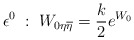
\begin{align*}\epsilon^{0} \; : \; W_{0\eta\overline{\eta}}={k\over 2}e^{W_0}\end{align*}